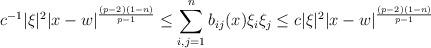
LaTeX: \begin{align*} c^{-1} |\xi |^2 |x-w|^{ \frac{(p-2) (1-n)}{p-1} } \leq \sum_{i,j=1}^n b_{ij} (x) \xi_i \xi_j \leq c |\xi |^2 |x-w|^{ \frac{(p-2) (1-n)}{p-1} } \end{align*}